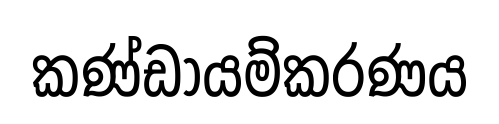
කණ්ඩායම්කරණය